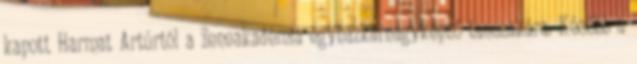
kapott Harmat Artúrtól a Zeneakadémia egyházkarnagyképző tanszakára. Később a